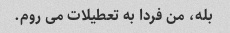
بله، من فردا به تعطیلات می روم.